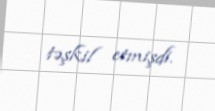
təşkil etmişdi.